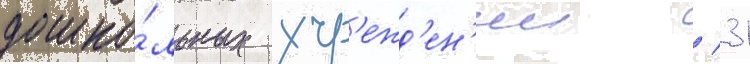
дошко́льных учр'ежд'ен'ии / 31